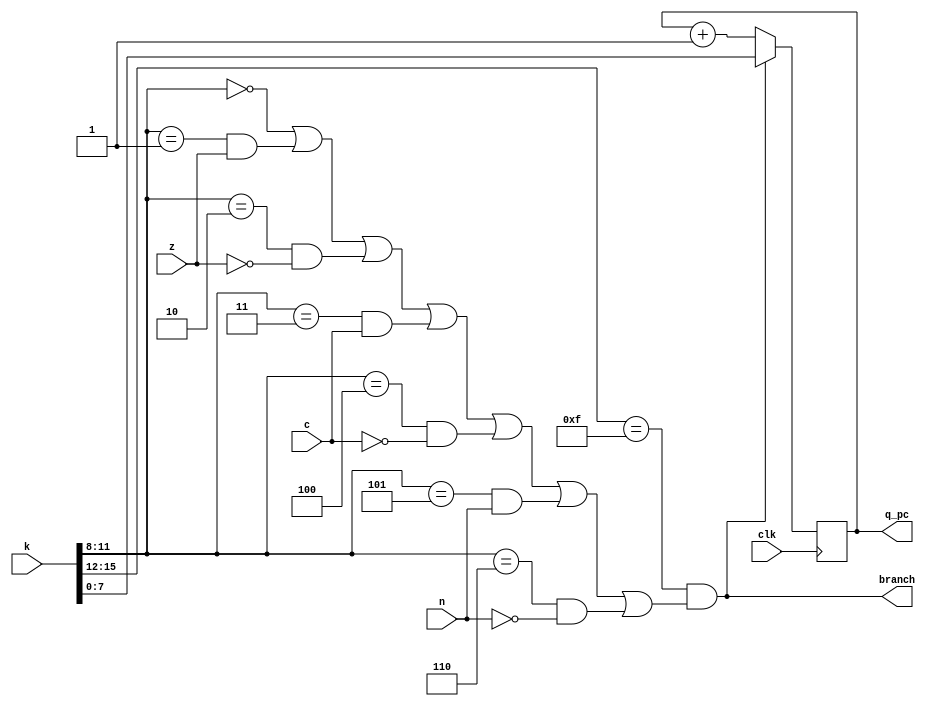
module control(clk, k, c, z, n, branch, q_pc);
input clk, c, z, n;
input [15:0] k;
output [7:0] q_pc; reg [7:0] q_pc;
output branch; 
assign branch =
	(k[15:12]==4'hf)&((k[11:8]==4'h0)|
	(k[11:8]==1)& z| (k[11:8]==2)& ~z|
	(k[11:8]==3)& c| (k[11:8]==4)&~c|
	(k[11:8]==5)& n|(k[11:8]==6)& ~n);
always @ (posedge clk)
if (branch) q_pc = k;
else q_pc = q_pc+1; 
endmodule